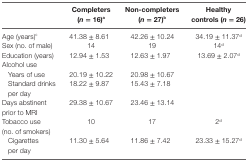
|  | Completers (n = 16)a | Non-completers (n = 27)b | Healthy controls (n = 26) |
 | --- | --- | --- | --- |
 | Age (years)c | 41.38 ± 8.61 | 42.26 ± 10.24 | 34.19 ± 11.37d |
 | Sex (no. of male) | 14 | 19 | 14d |
 | Education (years) | 12.94 ± 1.53 | 12.63 ± 1.97 | 13.69 ± 2.07d |
 | Alcohol use |  |  |  |
 | Years of use | 20.19 ± 10.22 | 20.98 ± 10.67 |  |
 | Standard drinks per day | 18.22 ± 9.87 | 15.43 ± 7.18 |  |
 | Days abstinent prior to MRI | 29.38 ± 10.67 | 23.46 ± 13.14 |  |
 | Tobacco use (no. of smokers) | 10 | 17 | 2d |
 | Cigarettes per day | 11.30 ± 5.64 | 11.86 ± 7.42 | 23.33 ± 15.27d |